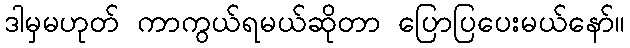
ဒါမှမဟုတ် ကာကွယ်ရမယ်ဆိုတာ ပြောပြပေးမယ်နော်။